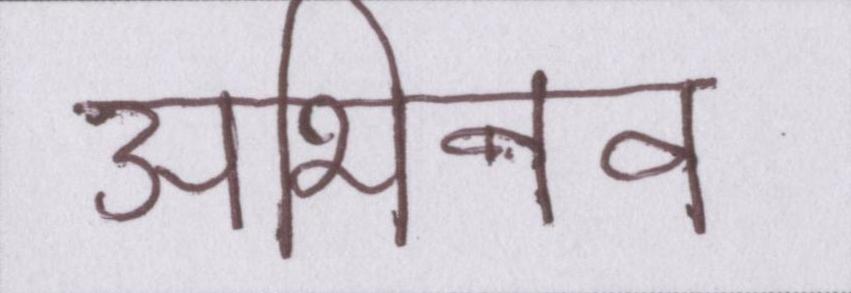
अभिनव